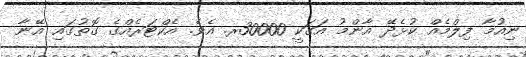
ނިއުމާ ފިލްމެއް ކުޅެދޭ އާންމު އަގަކީ 30000ރ. އެވެ. އެކްޓަރެއްގެ ގޮތުގައި އޭނާ